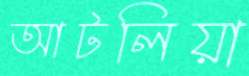
আটলিয়া